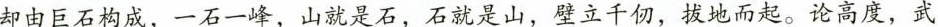
却由巨石构成，一石一峰，山就是石，石就是山，壁立千仞，拔地而起。论高度，武